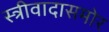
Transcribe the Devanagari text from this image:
स्त्रीवादासमोर